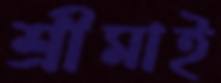
শ্রীমাই